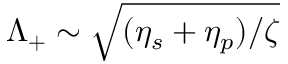
\Lambda _ { + } \sim \sqrt { ( \eta _ { s } + \eta _ { p } ) / \zeta }